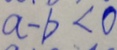
a - b < 0